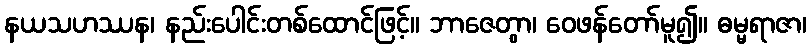
နယသဟဿန၊ နည်းပေါင်းတစ်ထောင်ဖြင့်။ ဘာဇေတွာ၊ ဝေဖန်တော်မူ၍။ ဓမ္မရာဇာ၊